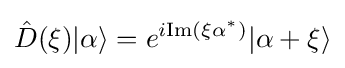
{\hat {D}}(\xi )|\alpha \rangle =e^{i\mathrm {Im} (\xi \alpha ^{*})}|\alpha +\xi \rangle